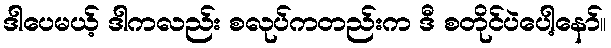
ဒါပေမယ့် ဒါကလည်း စလုပ်ကတည်းက ဒီ စတိုင်ပဲပေါ့နော်။